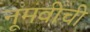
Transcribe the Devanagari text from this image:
नूमवीची